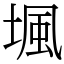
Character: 堸